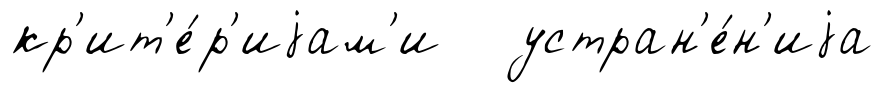
кр'ит'е́р'иjам'и устран'е́н'иjа